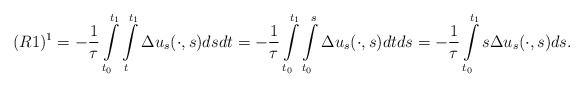
\begin{align*} (R1)^{1}=-\frac{1}{\tau}\int\limits^{t_1}_{t_0}\int\limits^{t_1}_{t}\Delta u_s(\cdot,s)dsdt=-\frac{1}{\tau}\int\limits^{t_1}_{t_0}\int\limits^{s}_{t_0}\Delta u_s(\cdot,s)dtds=-\frac{1}{\tau}\int\limits^{t_1}_{t_0}s\Delta u_s(\cdot,s)ds. \end{align*}